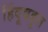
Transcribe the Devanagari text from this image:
हिंदूबहुल